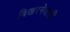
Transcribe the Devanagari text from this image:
बिखरनेवाली